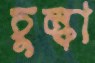
চুল্‌কা